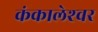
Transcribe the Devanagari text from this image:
कंकालेश्‍वर